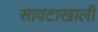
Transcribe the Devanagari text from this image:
सावटाखाली